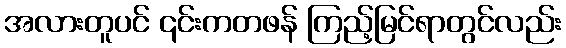
အလားတူပင် ၎င်းကတဖန် ကြည့်မြင်ရာတွင်လည်း